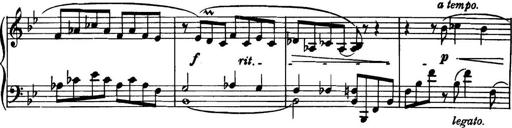
Title: Piano Sonatina in G minor
Composer: John Blackwood McEwen
Key: G minor